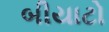
બીયાટો